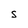
Character: s